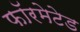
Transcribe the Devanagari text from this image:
फॉरमेटेड